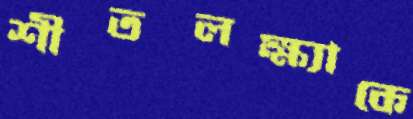
শীতলক্ষ্যাকে